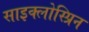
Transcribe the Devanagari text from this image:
साइक्लोस्प्रिन